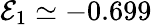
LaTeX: \mathcal{E}_{1}\simeq-0.699